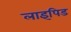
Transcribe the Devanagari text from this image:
लाइपिड